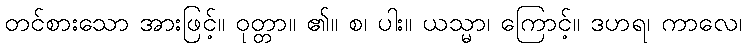
တင်စားသော အားဖြင့်။ ဝုတ္တာ။ ၏။ စ၊ ပါး။ ယသ္မာ၊ ကြောင့်။ ဒဟရ၊ ကာလေ၊